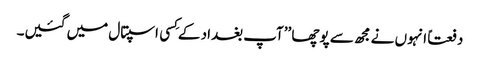
دفعتاً انہوں نے مجھ سے پوچھا ’’آپ بغداد کے کِسی اسپتال میں گئیں۔